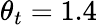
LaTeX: \theta_{t}=1.4